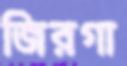
জিরগা